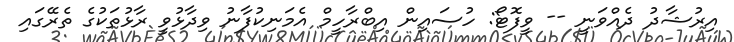
އިރުޝާދު ދެއްވަނީ -- ވީފޮޓޯ: ހުސައިން އިބްރާހީމް އެމަނިކުފާނު ވިދާޅުވީ ރާޅުތަކުގެ ތެރޭގައި